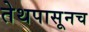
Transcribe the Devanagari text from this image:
तेथपासूनच